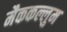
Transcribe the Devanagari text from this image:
मैककल्लुम